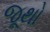
જૂથો